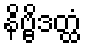
နိဗ္ဗိဒတ္ထံ